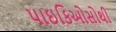
પાઇકિઓસોથી